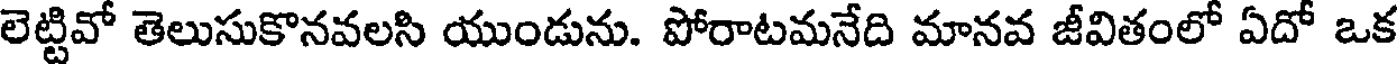
లెట్టివో తెలుసుకొనవలసి యుండును. పోరాటమనేది మానవ జీవితంలో ఏదో ఒక